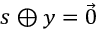
s \oplus y = { \vec { 0 } }